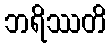
ဘရိဿတိ